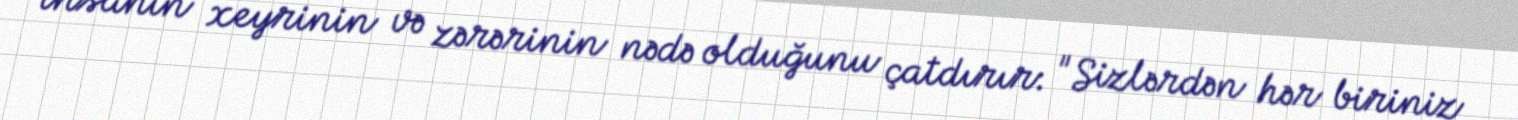
insanın xeyrinin və zərərinin nədə olduğunu çatdırır: "Sizlərdən hər biriniz